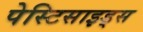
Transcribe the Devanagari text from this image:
पेस्टिसाइड्स